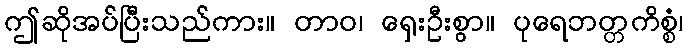
ဤဆိုအပ်ပြီးသည်ကား။ တာဝ၊ ရှေးဦးစွာ။ ပုရေဘတ္တကိစ္စံ၊